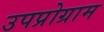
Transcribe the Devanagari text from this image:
उपप्रोग्राम